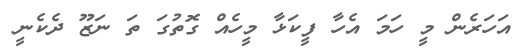
އަހަރެން މީ ހަމަ އެހާ ފީކަޅާ މީހެއް ގޮތުގަ ތަ ނަޒޫ ދެކެނީ